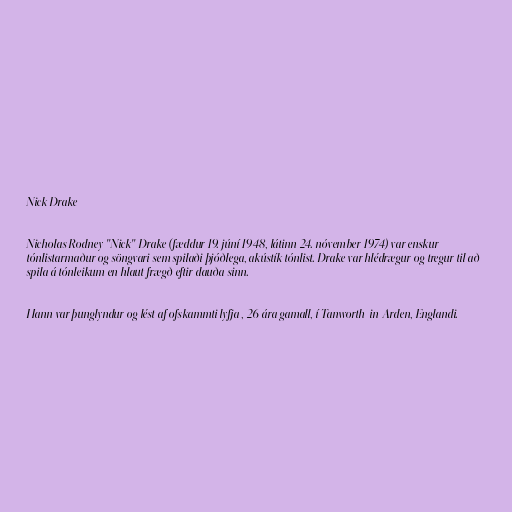
Nick Drake

Nicholas Rodney "Nick" Drake (fæddur 19. júní 1948, látinn 24. nóvember 1974) var enskur
tónlistarmaður og söngvari sem spilaði þjóðlega, akústík tónlist. Drake var hlédrægur og tregur til að
spila á tónleikum en hlaut frægð eftir dauða sinn.

Hann var þunglyndur og lést af ofskammti lyfja , 26 ára gamall, í Tanworth-in-Arden, Englandi.